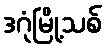
ဒဂုံမြို့သစ်